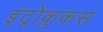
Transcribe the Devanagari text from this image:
इंट्रोकुकस